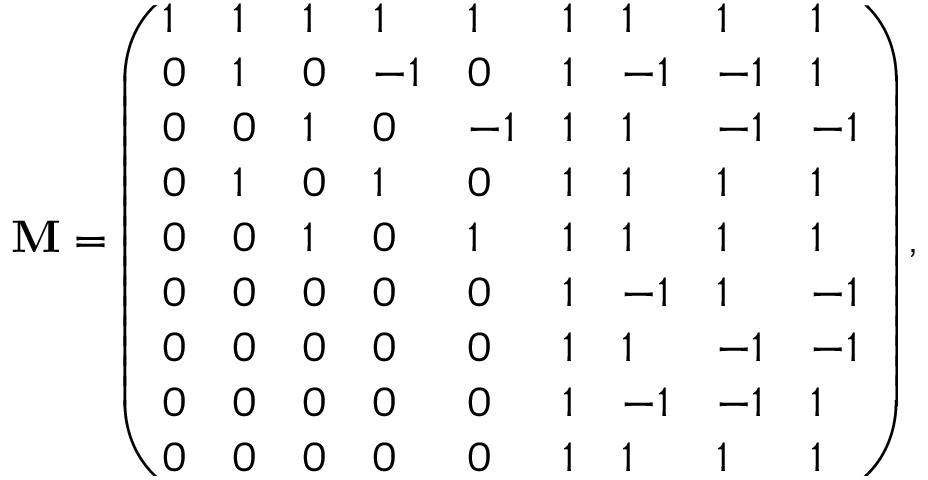
\mathbf { M } = \left( \begin{array} { l l l l l l l l l } { 1 } & { 1 } & { 1 } & { 1 } & { 1 } & { 1 } & { 1 } & { 1 } & { 1 } \\ { 0 } & { 1 } & { 0 } & { - 1 } & { 0 } & { 1 } & { - 1 } & { - 1 } & { 1 } \\ { 0 } & { 0 } & { 1 } & { 0 } & { - 1 } & { 1 } & { 1 } & { - 1 } & { - 1 } \\ { 0 } & { 1 } & { 0 } & { 1 } & { 0 } & { 1 } & { 1 } & { 1 } & { 1 } \\ { 0 } & { 0 } & { 1 } & { 0 } & { 1 } & { 1 } & { 1 } & { 1 } & { 1 } \\ { 0 } & { 0 } & { 0 } & { 0 } & { 0 } & { 1 } & { - 1 } & { 1 } & { - 1 } \\ { 0 } & { 0 } & { 0 } & { 0 } & { 0 } & { 1 } & { 1 } & { - 1 } & { - 1 } \\ { 0 } & { 0 } & { 0 } & { 0 } & { 0 } & { 1 } & { - 1 } & { - 1 } & { 1 } \\ { 0 } & { 0 } & { 0 } & { 0 } & { 0 } & { 1 } & { 1 } & { 1 } & { 1 } \end{array} \right) ,